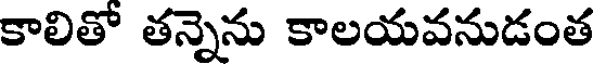
కాలితో తన్నెను కాలయవనుడంత